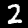
Digit: 2